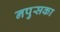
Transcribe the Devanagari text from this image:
नपुसका